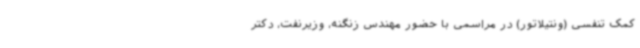
کمک تنفسی (ونتیلاتور) در مراسمی با حضور مهندس زنگنه، وزیرنفت، دکتر